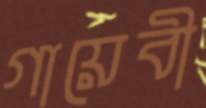
গায়েবী